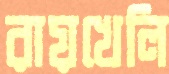
রায়খেলি